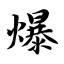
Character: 爆